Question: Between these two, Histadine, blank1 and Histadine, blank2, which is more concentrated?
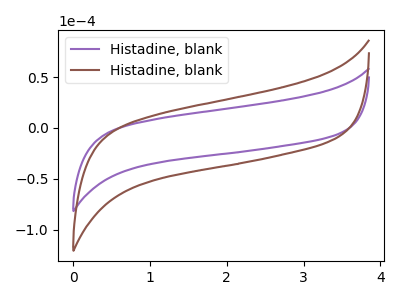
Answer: <think>The purple curve "Histadine, blank1" has no peaks. The brown curve "Histadine, blank2" has no peaks.
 Neither "Histadine, blank1" or "Histadine, blank2" have any peaks.</think>
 <answer>I cant tell if "Histadine, blank1" or "Histadine, blank2" has higher concentration.</answer>
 <eval>mixed_concentration</eval>